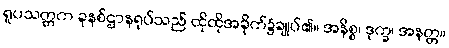
ရူပသတ္တက ခုနစ်ဌာနရုပ်သည် ထိုထိုအခိုက်၌ချုပ်၏။ အနိစ္စ၊ ဒုက္ခ၊ အနတ္တ။